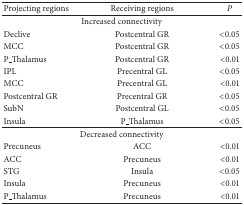
<table><thead><tr><td><b>Projecting regions</b></td><td><b>Receiving regions</b></td><td><b><i>P </i></b></td></tr></thead><tbody><tr><td colspan="3">Increased connectivity</td></tr><tr><td>Declive</td><td>Postcentral GR</td><td>&lt;0.05</td></tr><tr><td>MCC</td><td>Postcentral GR</td><td>&lt;0.05</td></tr><tr><td>P_Thalamus</td><td>Postcentral GR</td><td>&lt;0.01</td></tr><tr><td>IPL</td><td>Precentral GL</td><td>&lt;0.05</td></tr><tr><td>MCC</td><td>Precentral GL</td><td>&lt;0.01</td></tr><tr><td>Postcentral GR</td><td>Precentral GR</td><td>&lt;0.05</td></tr><tr><td>SubN</td><td>Postcentral GL</td><td>&lt;0.05</td></tr><tr><td>Insula</td><td>P_Thalamus</td><td>&lt;0.05</td></tr><tr><td colspan="3">Decreased connectivity</td></tr><tr><td>Precuneus</td><td>ACC</td><td>&lt;0.01</td></tr><tr><td>ACC</td><td>Precuneus</td><td>&lt;0.01</td></tr><tr><td>STG</td><td>Insula</td><td>&lt;0.05</td></tr><tr><td>Insula</td><td>Precuneus</td><td>&lt;0.01</td></tr><tr><td>P_Thalamus</td><td>Precuneus</td><td>&lt;0.01</td></tr></tbody></table>